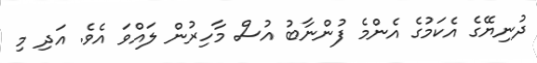
ދުނިޔޭގެ އެކަމުގެ އެންމެ ފުންނާބު އުސް މާހިރުން ލައްވަ އެވެ. އަދި މި